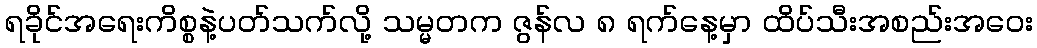
ရခိုင်အရေးကိစ္စနဲ့ပတ်သက်လို့ သမ္မတက ဇွန်လ ၈ ရက်နေ့မှာ ထိပ်သီးအစည်းအဝေး